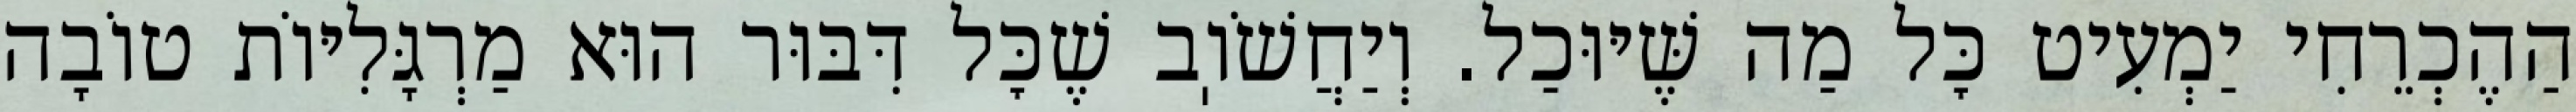
הַהֶכְרֵחִי יַמְעִיט כׇּל מַה שֶּׁיּוּכַל. וְיַחֲשֹׁוֽב שֶׁכׇּל דִּבּוּר הוּא מַרְגָּלִיּוֹת טוֹבָה